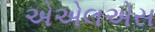
એએલએસ